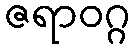
ဇရာဝဂ္ဂ